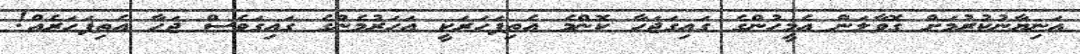
އަނިޔާނުކުރުމަށް ގޮވާލަން އެމީހުންގެ ގައިގަޖަހާ ކޮންމެ އެތިފަހަރަކީ އަހަރުމެންގެ ގައިގަވެސް ޖަހާ އެތިފަހަރެއް!